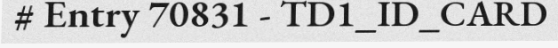
# Entry 70831 - TD1_ID_CARD